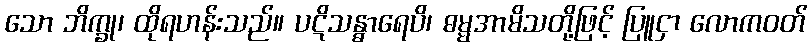
သော ဘိက္ခု၊ ထိုရဟန်းသည်။ ပဋိသန္ဓာရေပိ၊ ဓမ္မအာမိသတို့ဖြင့် ပြူငှာ လောကဝတ်